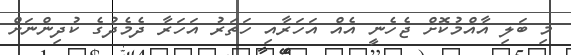
މި ބަލި އާއްމުކޮށް ޖެހެނީ އެއް އަހަރާއި ހަތަރު އަހަރާ ދެމެދުގެ ކުދިންނަށް